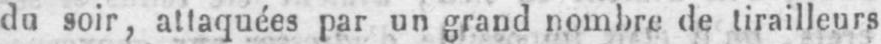
du soir, attaquées par un grand nombre de tirailleurs